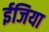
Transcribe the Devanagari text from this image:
ईजिया